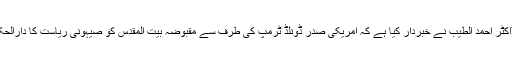
مرکز اطلاعات) مصر کی سب سے بڑی دینی درس گاہ جامعہ الازھرکے سربراہ ڈاکٹر احمد الطیب نے خبردار کیا ہے کہ امریکی صدر ڈونلڈ ٹرمپ کی طرف سے مقبوضہ بیت المقدس کو صیہونی ریاست کا دارالحکومت قرار دینا انتہائی خطرناک اقدام ہے اور اس کے تباہ کن نتائج سامنے آئیں گے۔